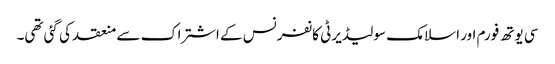
سی یوتھ فورم اور اسلامک سولیڈیرٹی کانفرنس کے اشتراک سے منعقد کی گئی تھی۔